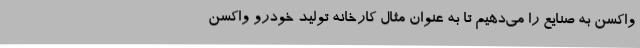
واکسن به صنایع را می‌دهیم تا به عنوان مثال کارخانه تولید خودرو واکسن